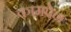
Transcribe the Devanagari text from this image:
कामपेन